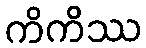
ကိကိဿ